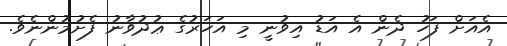
އެއަށް ފަހު ދެން އެ އަޑު އިވުނީ މި އަހަރުގެ ޢުދުވާނު ފެށުމުންނެވެ.